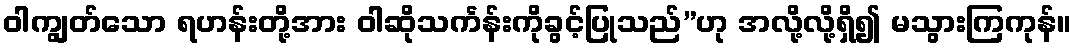
ဝါကျွတ်သော ရဟန်းတို့အား ဝါဆိုသင်္ကန်းကိုခွင့်ပြုသည်”ဟု အလို့လို့ရှိ၍ မသွားကြကုန်။